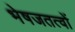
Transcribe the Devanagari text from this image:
भेषजतत्वों